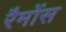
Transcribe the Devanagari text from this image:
रैमोंस